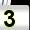
Digit: 3